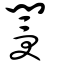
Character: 閿